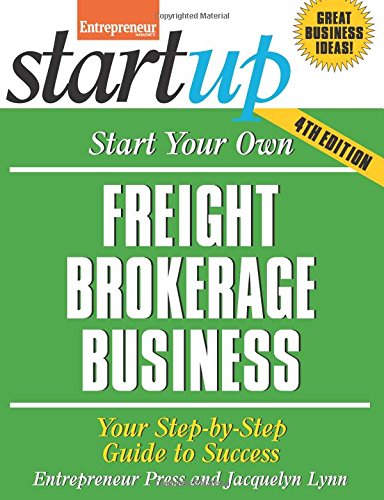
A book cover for Start Your Own Freight Brokerage Business: Your Step-By-Step Guide to Success (StartUp Series); Jacquelyn Lynn; Business & Money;